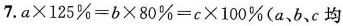
7.$$a \times 1 2 5 % = b \times